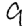
Digit: 9